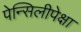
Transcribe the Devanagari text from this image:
पेन्सिलीपेक्षा